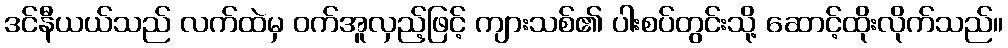
ဒင်နီယယ်သည် လက်ထဲမှ ဝက်အူလှည့်ဖြင့် ကျားသစ်၏ ပါးစပ်တွင်းသို့ ဆောင့်ထိုးလိုက်သည်။